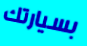
بسيارتك